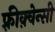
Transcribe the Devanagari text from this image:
फ़्रीक़्वेन्सी